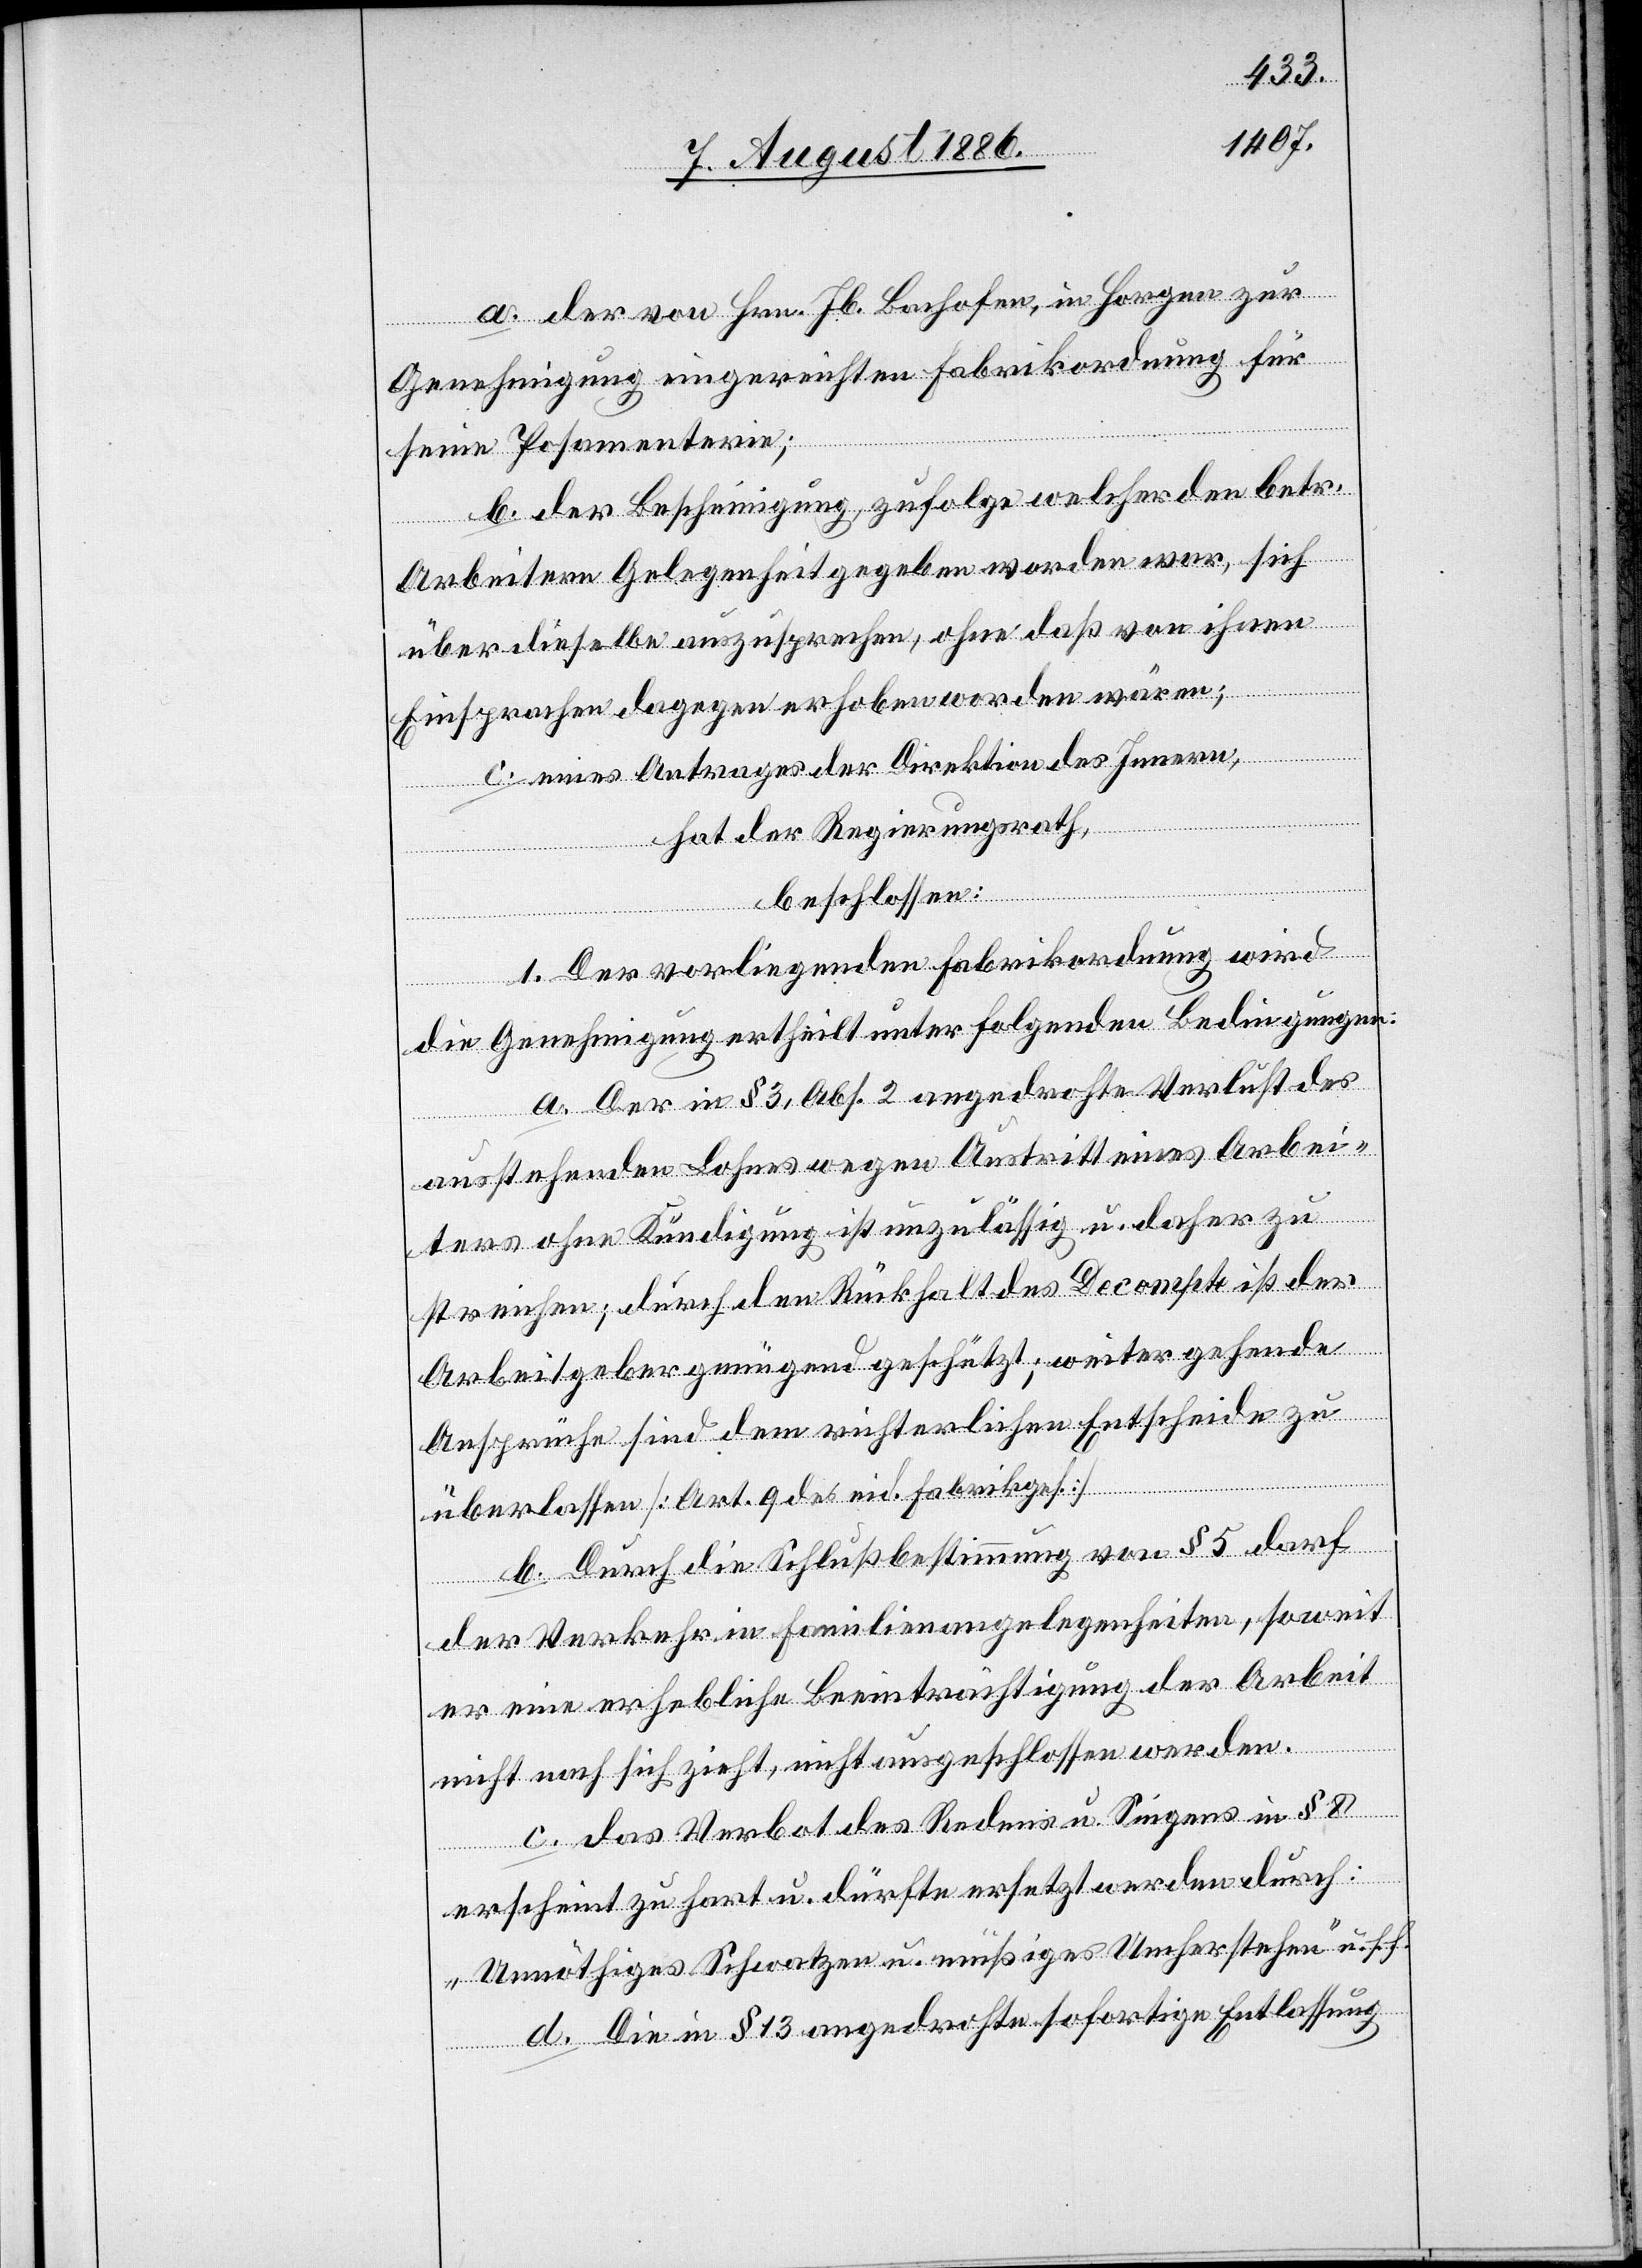
a. der von Hrn. Jb. Bachofen, in Horgen zur
Genehmigung eingereichten Fabrikordnung für
seine Posamenterie;
b. der Bescheinigung, zufolge welcher den betr.
Arbeitern Gelegenheit gegeben worden war, sich
über dieselbe auszusprechen, ohne daß von ihnen
Einsprachen dagegen erhoben worden wären;
c. eines Antrages der Direktion des Innern,
hat der Regierungsrath,
beschlossen:
1. Der vorliegenden Fabrikordnung wird
die Genehmigung ertheilt unter folgenden Bedingungen:
a. Der in § 3, Abs. 2 angedrohte Verlust des
ausstehenden Lohnes wegen Austritt eines Arbei¬
ters ohne Kündigung ist unzulässig u. daher zu
streichen; durch den Rückhalt des Decompte ist der
Arbeitgeber genügend geschützt; weiter gehende
Ansprüche sind dem richterlichen Entscheide zu
überlassen [Art. 9 des eid. Fabrikges.]
b. Durch die Schlußbestimmung von § 5 darf
der Verkehr in Familienangelegenheiten, soweit
er eine erhebliche Beeinträchtigung der Arbeit
nicht nach sich zieht, nicht ausgeschlossen werden.
c. das Verbot des Redens u. Singens in § 8
erscheint zu hart u. dürfte ersetzt werden durch:
„Unnötiges Schwatzen u. müßiges Umherstehen“ u. s. f.
d. Die in § 13 angedrohte sofortige Entlassung